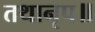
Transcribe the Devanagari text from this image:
तथानृप॥